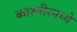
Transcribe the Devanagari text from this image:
काश्‍मीरमध्ये